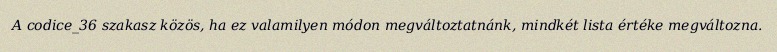
A codice_36 szakasz közös, ha ez valamilyen módon megváltoztatnánk, mindkét lista értéke megváltozna.